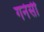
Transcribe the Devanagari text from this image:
गनेसी